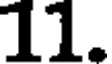
11.